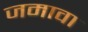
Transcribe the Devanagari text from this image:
जमावा